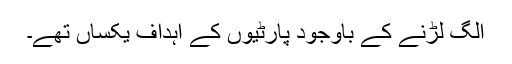
الگ لڑنے کے باوجود پارٹیوں کے اہداف یکساں تھے۔